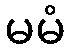
မမံ